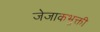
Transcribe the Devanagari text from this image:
जेजाकभुक्ती